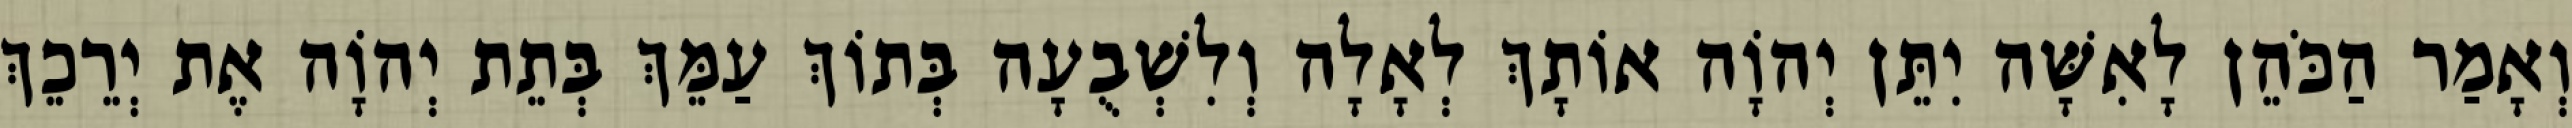
וְאָמַר הַכֹּהֵן לָאִשָּׁה יִתֵּן יְהוָֹה אוֹתָךְ לְאָלָה וְלִשְׁבֻעָה בְּתוֹךְ עַמֵּךְ בְּתֵת יְהוָֹה אֶת יְרֵכֵךְ